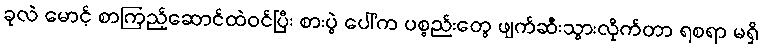
ခုလဲ မောင့် စာကြည့်ဆောင်ထဲဝင်ပြီး စားပွဲ ပေါ်က ပစ္စည်းတွေ ဖျက်ဆီးသွားလိုက်တာ ရစရာ မရှိ